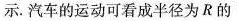
汽车的运动可看成半径为R的